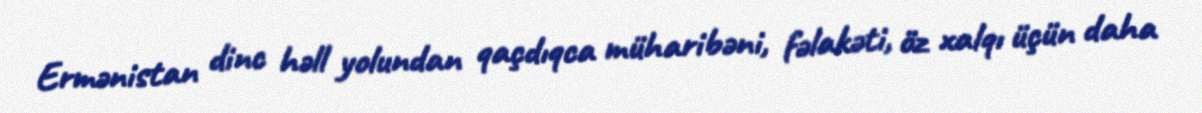
Ermənistan dinc həll yolundan qaçdıqca müharibəni, fəlakəti, öz xalqı üçün daha